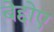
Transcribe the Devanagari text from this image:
बेद्दोए